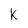
Character: k